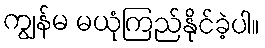
ကျွန်မ မယုံကြည်နိုင်ခဲ့ပါ။